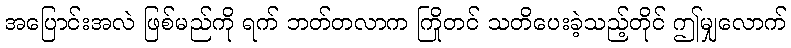
အပြောင်းအလဲ ဖြစ်မည်ကို ရက် ဘတ်တလာက ကြိုတင် သတိပေးခဲ့သည့်တိုင် ဤမျှလောက်